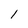
Character: 1